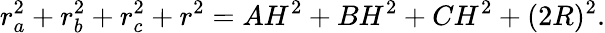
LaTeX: r_{a}^{2}+r_{b}^{2}+r_{c}^{2}+r^{2}=AH^{2}+BH^{2}+CH^{2}+(2R)^{2}.